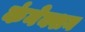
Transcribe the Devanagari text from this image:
कंनेक्शन